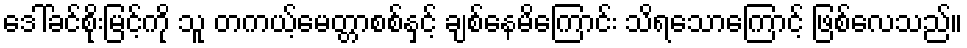
ဒေါ်ခင်စိုးမြင့်ကို သူ တကယ့်မေတ္တာစစ်နှင့် ချစ်နေမိကြောင်း သိရသောကြောင့် ဖြစ်လေသည်။